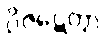
ဝိဇဋေတွာ